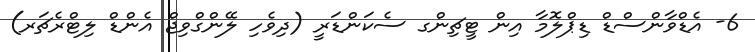
6- އެޑްވާންސްޑް ޑިޕްލޮމާ އިން ޓީޗިންގ ސެކަންޑަރީ (ދިވެހި ލޭންގްވިޖް އެންޑް ލިޓްރެޗަރ)